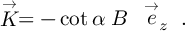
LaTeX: \stackrel { \rightarrow } { K } = - \cot \alpha \; B \, ~ \stackrel { \rightarrow } { e } _ { z } ~ .